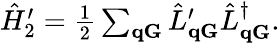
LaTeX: \begin{array}{r}{\hat{H}_{2}^{\prime}=\frac{1}{2}\sum_{\mathbf q\mathbf G}\hat{L}_{\mathbf{qG}}^{\prime}\hat{L}_{\mathbf{qG}}^{\dagger}.}\end{array}